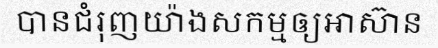
បានជំរុញយ៉ាងសកម្មឲ្យអាស៊ាន